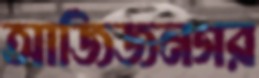
আজিজনগর